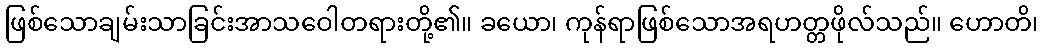
ဖြစ်သောချမ်းသာခြင်းအာသဝေါတရားတို့၏။ ခယော၊ ကုန်ရာဖြစ်သောအရဟတ္တဖိုလ်သည်။ ဟောတိ၊